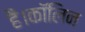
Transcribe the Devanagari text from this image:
हैं।कॉलिन